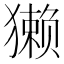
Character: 獭